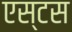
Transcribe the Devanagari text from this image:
एस्टस